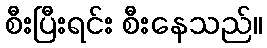
စီးပြီးရင်း စီးနေသည်။